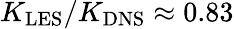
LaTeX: K_{\mathrm{LES}}/K_{\mathrm{DNS}}\approx 0{.}83